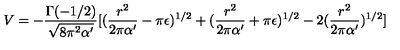
V = - \frac { \Gamma ( - 1 / 2 ) } { \sqrt { 8 \pi ^ { 2 } \alpha ^ { \prime } } } [ ( \frac { r ^ { 2 } } { 2 \pi \alpha ^ { \prime } } - \pi \epsilon ) ^ { 1 / 2 } + ( \frac { r ^ { 2 } } { 2 \pi \alpha ^ { \prime } } + \pi \epsilon ) ^ { 1 / 2 } - 2 ( \frac { r ^ { 2 } } { 2 \pi \alpha ^ { \prime } } ) ^ { 1 / 2 } ]